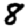
Digit: 8